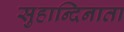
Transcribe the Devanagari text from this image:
सुहान्दिनाता